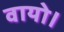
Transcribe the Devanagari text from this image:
वायो।